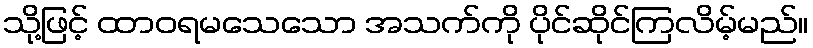
သို့ဖြင့် ထာဝရမသေသော အသက်ကို ပိုင်ဆိုင်ကြလိမ့်မည်။